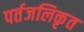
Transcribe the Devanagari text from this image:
पर्तजलिकृत